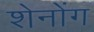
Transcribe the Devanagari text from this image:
शेनोंग